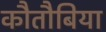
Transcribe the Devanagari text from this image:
कौतौबिया